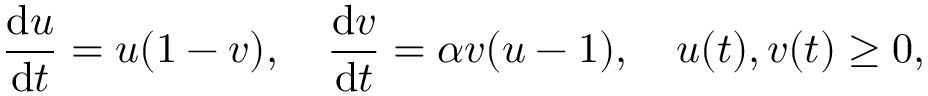
\frac { \mathrm { d } u } { \mathrm { d } t } = u ( 1 - v ) , \quad \frac { \mathrm { d } v } { \mathrm { d } t } = \alpha v ( u - 1 ) , \quad u ( t ) , v ( t ) \geq 0 ,